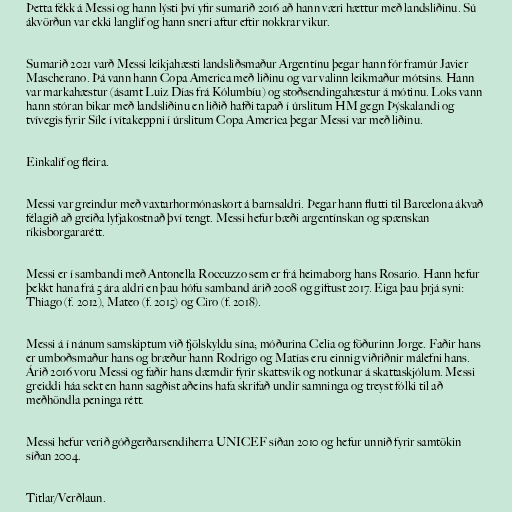
Þetta fékk á Messi og hann lýsti því yfir sumarið 2016 að hann væri hættur með landsliðinu. Sú
ákvörðun var ekki langlíf og hann sneri aftur eftir nokkrar vikur.

Sumarið 2021 varð Messi leikjahæsti landsliðsmaður Argentínu þegar hann fór framúr Javier
Mascherano. Þá vann hann Copa America með liðinu og var valinn leikmaður mótsins. Hann
var markahæstur (ásamt Luiz Días frá Kólumbíu) og stoðsendingahæstur á mótinu. Loks vann
hann stóran bikar með landsliðinu en liðið hafði tapað í úrslitum HM gegn Þýskalandi og
tvívegis fyrir Síle í vítakeppni í úrslitum Copa America þegar Messi var með liðinu.

Einkalíf og fleira.

Messi var greindur með vaxtarhormónaskort á barnsaldri. Þegar hann flutti til Barcelona ákvað
félagið að greiða lyfjakostnað því tengt. Messi hefur bæði argentínskan og spænskan
ríkisborgararétt.

Messi er í sambandi með Antonella Roccuzzo sem er frá heimaborg hans Rosario. Hann hefur
þekkt hana frá 5 ára aldri en þau hófu samband árið 2008 og giftust 2017. Eiga þau þrjá syni:
Thiago (f. 2012), Mateo (f. 2015) og Ciro (f. 2018).

Messi á í nánum samskiptum við fjölskyldu sína; móðurina Celia og föðurinn Jorge. Faðir hans
er umboðsmaður hans og bræður hann Rodrigo og Matías eru einnig viðriðnir málefni hans.
Árið 2016 voru Messi og faðir hans dæmdir fyrir skattsvik og notkunar á skattaskjólum. Messi
greiddi háa sekt en hann sagðist aðeins hafa skrifað undir samninga og treyst fólki til að
meðhöndla peninga rétt.

Messi hefur verið góðgerðarsendiherra UNICEF síðan 2010 og hefur unnið fyrir samtökin
síðan 2004.

Titlar/Verðlaun.